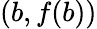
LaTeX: \left(b,f(b)\right)